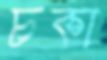
চকা